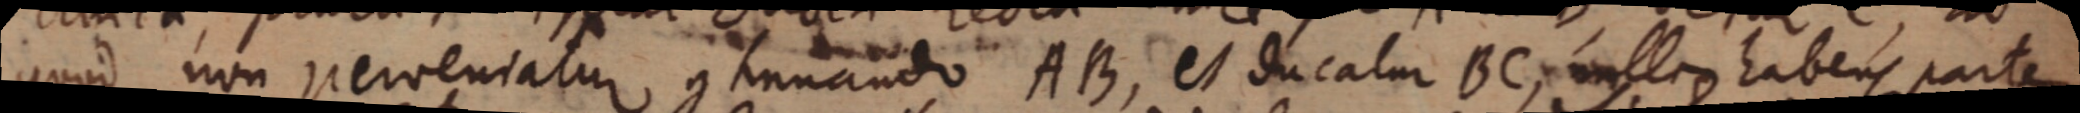
quod non perveniatur, continando AB, et ducatur BC, _ habens partes